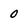
Character: 0